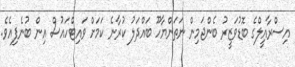
އިސްރާއީލްގެ ބޮޑުވަޒީރު ބެންޖަމިން ނަތަންޔާހޫ ބައްދަލު ކުރާނެ ކަމަށް ވައިޓްހައުސް އިން ބުނެފިއެވެ.